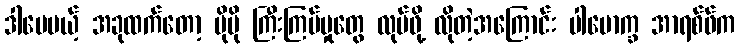
ဒါပေမယ့် အခုထက်တော့ ပိုမို ကြီးကြပ်မှုတွေ လုပ်ဖို့ လိုတဲ့အကြောင်း ပါမောက္ခ အာရစ်ဖ်က